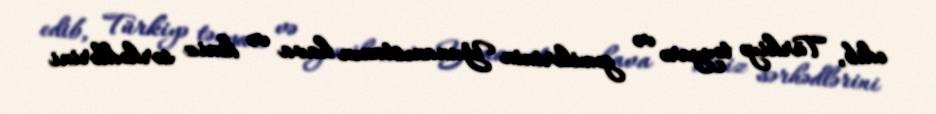
edib, Türkiyə təyyarə və gəmilərinin Yunanıstanın hava və dəniz sərhədlərini